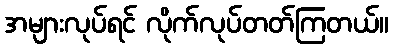
အများလုပ်ရင် လိုက်လုပ်တတ်ကြတယ်။